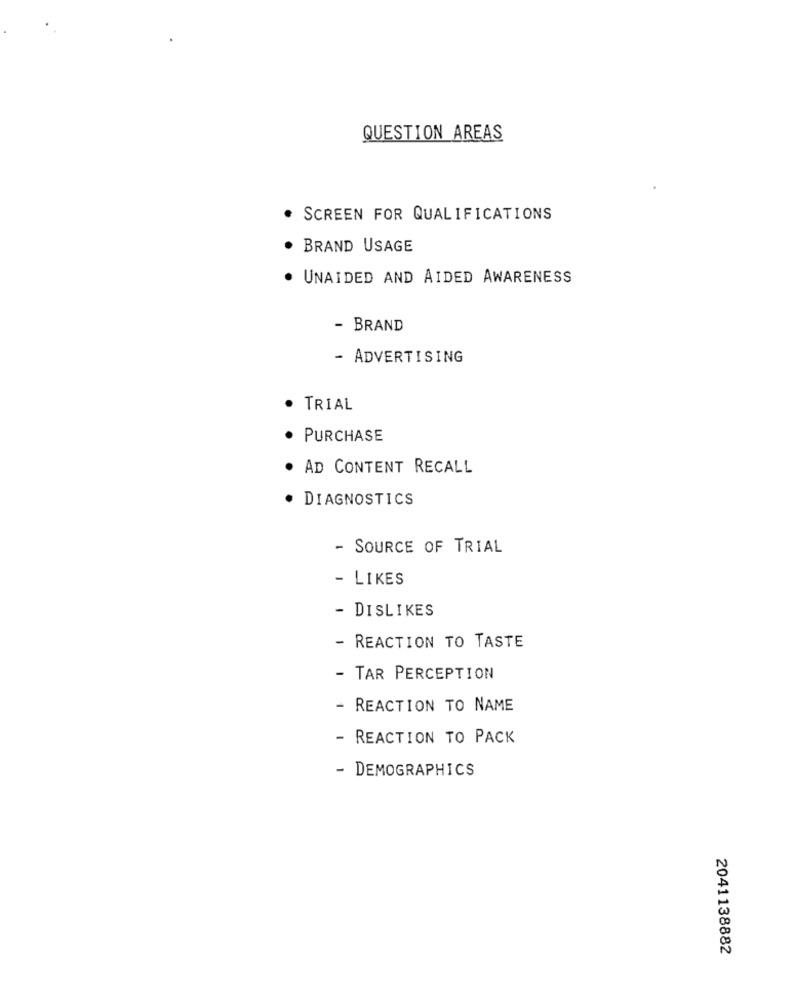
QUESTION AREAS
SCREEN FOR QUALIFICATIONS
BRAND USAGE
· UNAIDED AND AIDED AWARENESS
- BRAND
- ADVERTISING
· TRIAL
PURCHASE
AD CONTENT RECALL
DIAGNOSTICS
- SOURCE OF TRIAL
- LIKES
- DISLIKES
- REACTION TO TASTE
- TAR PERCEPTION
- REACTION TO NAME
- REACTION TO PACK
- DEMOGRAPHICS
2041138882